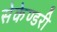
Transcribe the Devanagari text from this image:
सेकेण्‍डरी